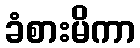
ခံစားမိကာ